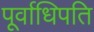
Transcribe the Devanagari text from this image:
पूर्वाधिपति